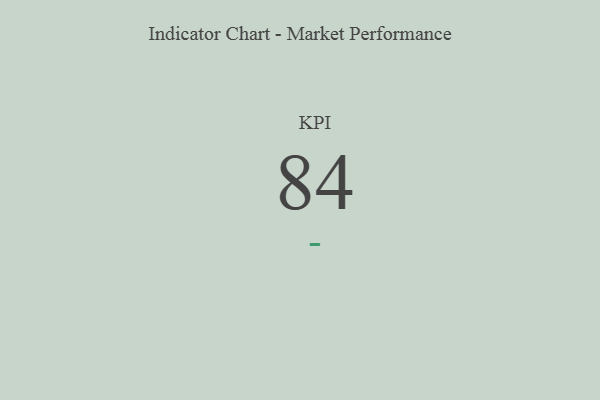
{"axis": {"x": "KPI", "y": "Value"}, "legend": [""], "data": [{"x": "KPI", "y": 84, "type": ""}]}